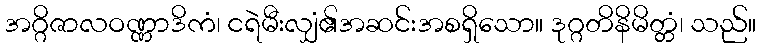
အဂ္ဂိဇာလဝဏ္ဏာဒိကံ၊ ငရဲမီးလျှံ၏အဆင်းအစရှိသော။ ဒုဂ္ဂတိနိမိတ္တံ၊ သည်။